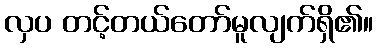
လှပ တင့်တယ်တော်မူလျက်ရှိ၏။